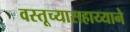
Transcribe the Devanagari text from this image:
वस्तूच्यासहाय्याने